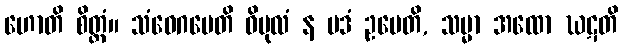
ဟောတိ စိတ္တံ။ သံဝေဂမေတိ ဝိပုလံ န မဒံ ဥပေတိ, သမ္မာ အထော ဃဋတိ